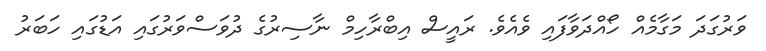
ވަރުގަދަ މަގާމެއް ހޯއްދަވާފައި ވެއެވެ. ރައީސް އިބްރާހިމް ނާސިރުގެ ދުވަސްވަރުގައި އަޑުގައި ހަބަރު